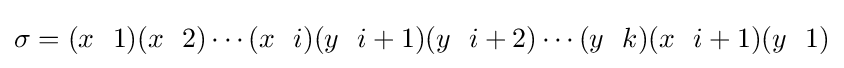
\sigma =(x~~1)(x~~2)\cdots (x~~i)(y~~i+1)(y~~i+2)\cdots (y~~k)(x~~i+1)(y~~1)